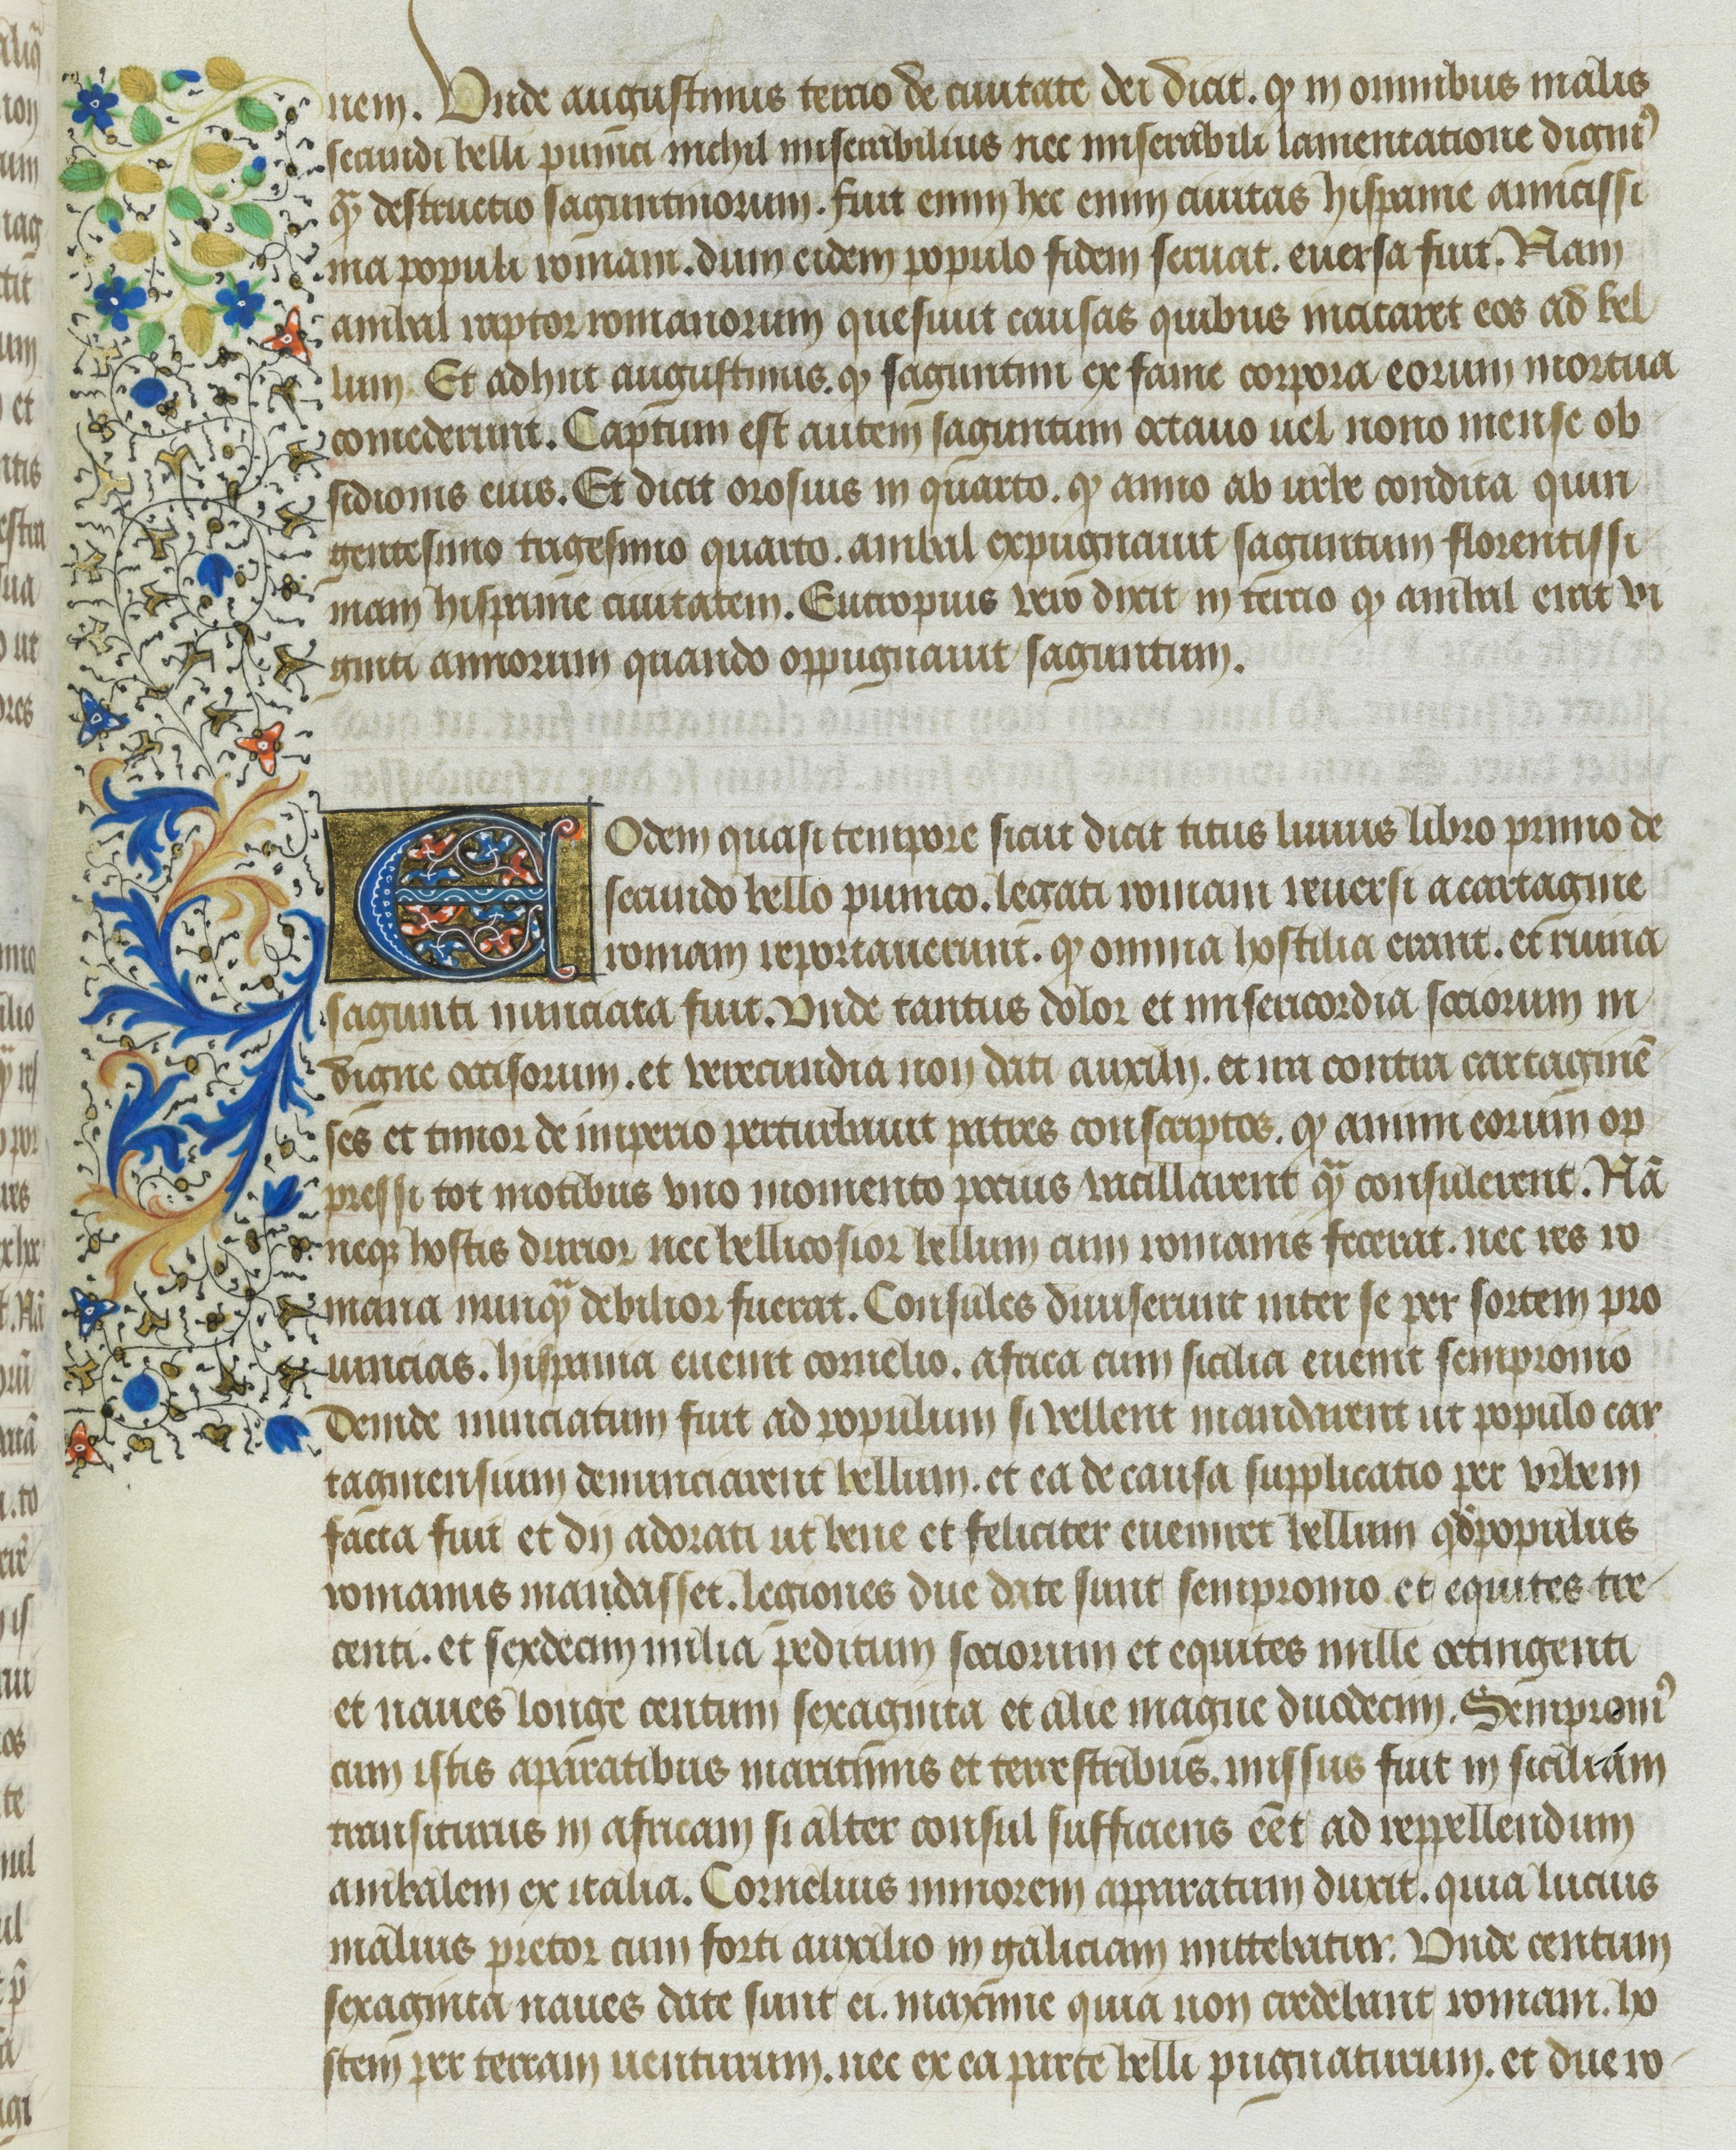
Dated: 1400–1499